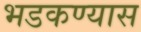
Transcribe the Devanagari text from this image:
भडकण्यास